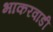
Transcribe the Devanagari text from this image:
भाकरवाडी